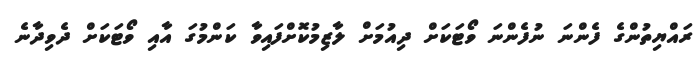
ރައްޔިތުންގެ ފެންނަ ނުފެންނަ ވޯޓަކަށް ދިއުމަށް ލާޒިމުކޮށްފައިވާ ކަންމުގަ އާއި ވޯޓަކަށް ދެވިދާނެ